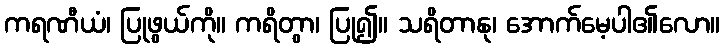
ကရဏီယံ၊ ပြုဖွယ်ကို။ ကရိတွာ၊ ပြု၍။ သရိတာနု၊ အောက်မေ့ပါ၏လော။